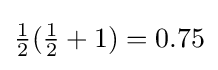
{\tfrac {1}{2}}({\tfrac {1}{2}}+1)=0.75